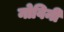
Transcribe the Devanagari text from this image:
नोविनी